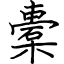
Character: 橐